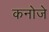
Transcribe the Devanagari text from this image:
कनोजे